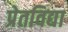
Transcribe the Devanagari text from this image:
प्रेतविद्या